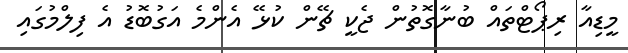
މީޑިއާ ރިޕޯޓްތައް ބުނާގޮތުން ޖެކީ ޗޭން ކުޅޭ އެންމެ އަގުބޮޑު އެ ފިލްމުގައި